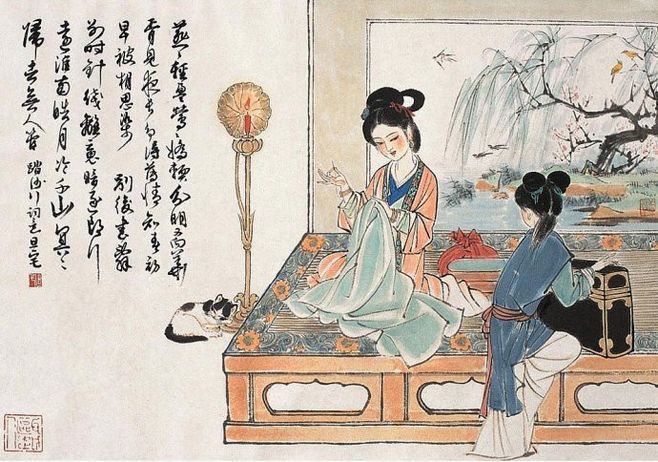
夜长争得薄情知，春初早被相思染。